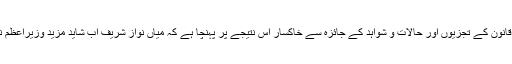
ماہرین قانون کے تجزیوں اور حالات و شواہد کے جائزہ سے خاکسار اِس نتیجے پر پہنچا ہے کہ میاں نواز شریف اب شاید مزید وزیراعظم نہ رہیں۔